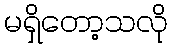
မရှိတော့သလို